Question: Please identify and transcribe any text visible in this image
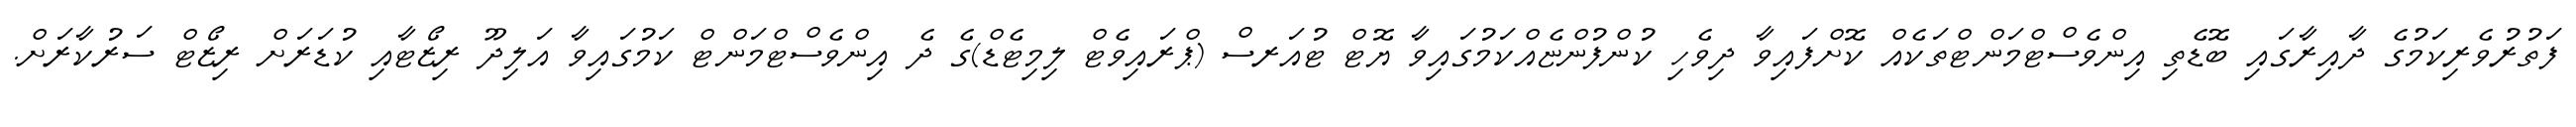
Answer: ފަތުރުވެރިކަމުގެ ދާއިރާގައި ބޮޑެތި އިންވެސްޓްމަންޓްތަކެއް ކޮށްފައިވާ ދިވެހި ކުންފުންޏެއްކަމުގައިވާ ޔޮޓް ޓުއަރސް (ޕްރައިވެޓް ލިމިޓެޑް)ގެ ދެ އިންވެސްޓްމަންޓް ކަމުގައިވާ އަލިދޫ ރިޒޯޓާއި ކުޑަރަށް ރިޒޯޓް ސަރުކާރަށް.